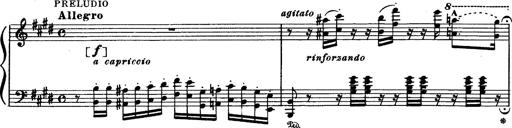
Title: Paraphrase de concert sur Rigoletto
Composer: Franz Liszt